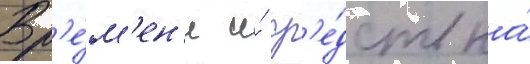
Вр'е́м'ен'и и́ ср'е́дств на́